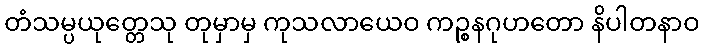
တံသမ္ပယုတ္တေသု တုမှာမှ ကုသလာယေဝ ကဉ္စနဂုဟတော နိပါတနာဝ